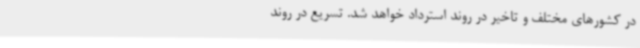
در کشورهای مختلف و تاخیر در روند استرداد خواهد شد. تسریع در روند